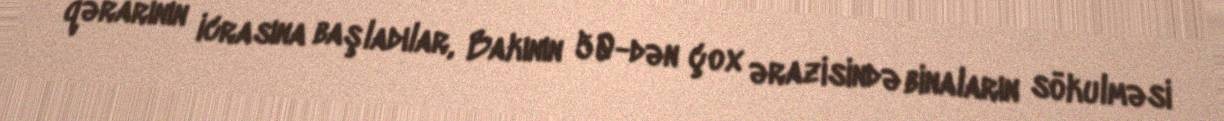
qərarının icrasına başladılar, Bakının 50-dən çox ərazisində binaların sökulməsi